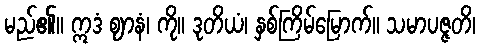
မည်၏။ ဣဒံ ဈာနံ၊ ကို။ ဒုတိယံ၊ နှစ်ကြိမ်မြောက်။ သမာပဇ္ဇတိ၊